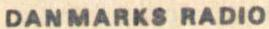
DANMARKS RADIO